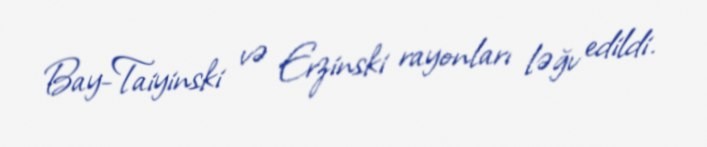
Bay-Taiyinski və Erzinski rayonları ləğv edildi.